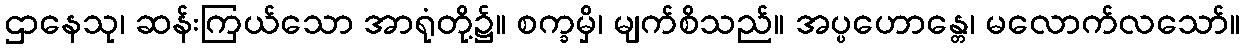
ဌာနေသု၊ ဆန်းကြယ်သော အာရုံတို့၌။ စက္ခမှိ၊ မျက်စိသည်။ အပ္ပဟောန္တေ၊ မလောက်လသော်။